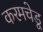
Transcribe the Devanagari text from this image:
करमचेडू